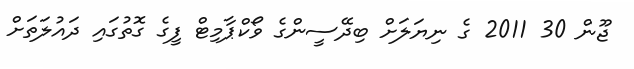
ޖޫން 30 2011 ގެ ނިޔަލަށް ބިދޭސީންގެ ވޯކްޕާމިޓް ފީގެ ގޮތުގައި ދައުލަތަށް